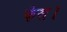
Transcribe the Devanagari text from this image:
फेस।